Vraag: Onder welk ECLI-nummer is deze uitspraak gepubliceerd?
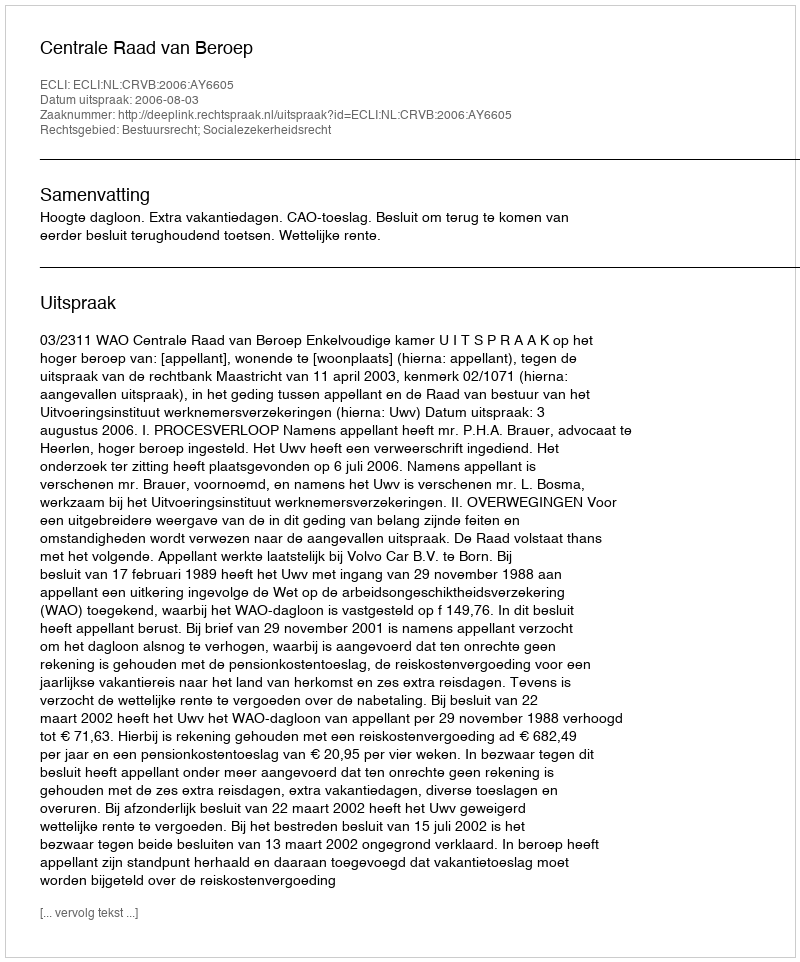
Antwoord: ECLI:NL:CRVB:2006:AY6605